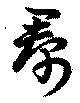
帬